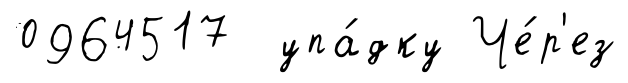
0964517 упа́дку Че́р'ез